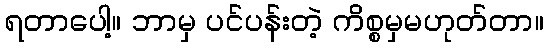
ရတာပေါ့။ ဘာမှ ပင်ပန်းတဲ့ ကိစ္စမှမဟုတ်တာ။